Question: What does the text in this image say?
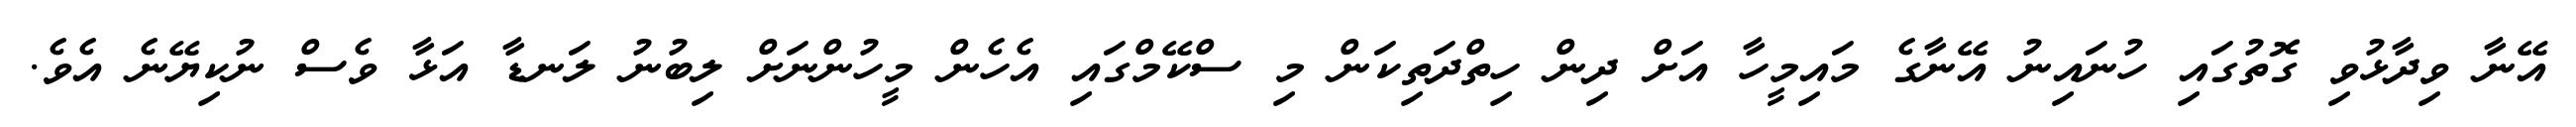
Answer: އޭނާ ވިދާޅުވި ގޮތުގައި ހުނައިނު އޭނާގެ މައިމީހާ އަށް ދިން ހިތްދަތިކަން މި ސްކޭމްގައި އެހެން މީހުންނަށް ލިބުނު ލަނޑާ އަޅާ ވެސް ނުކިޔޭނެ އެވެ.